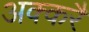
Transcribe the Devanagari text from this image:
अक्करै